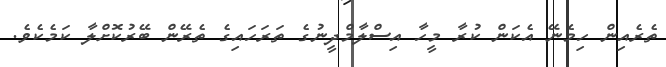
ތެރެއިން ހިމެނޭ އެކަން ކުރާ މީހާ އިސްލާމްދީނުގެ ތަރަހައިގެ ތެރޭން ބޭރުކޮށްލާ ކަމެކެވެ.